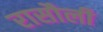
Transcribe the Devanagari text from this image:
रासौली